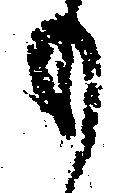
り